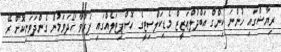
ރިޔާޟްގައި ހުންނަ ކިންގް އަބްދުލްޢަޒީޒް މެޑިކަލްސިޓީގެ ހޮސްޕިޓަލެއްގައި ފަރުވާ ހޯދަވަމުން ގެންދަވަނިކޮށް ރޭ